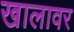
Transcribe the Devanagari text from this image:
खालावर